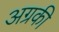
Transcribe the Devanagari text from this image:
अग्रकी